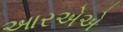
આરએએ